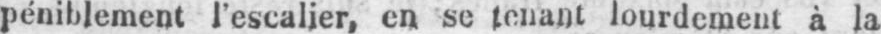
péniblement l’escalier, en su tenant lourdement à la